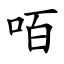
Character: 咟